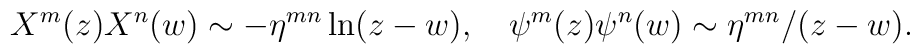
X^{m}(z)X^{n}(w)\sim -\eta^{mn}\ln(z-w),\quad\psi^{m}(z)\psi^{n}(w)\sim\eta^{mn}/(z-w).